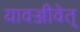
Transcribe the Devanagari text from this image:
यावज्जीवेत्‌